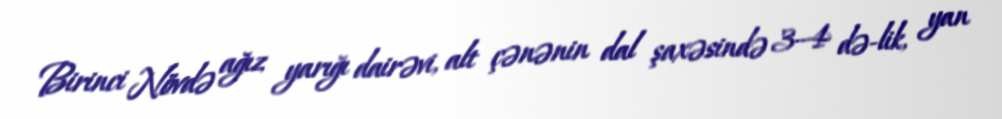
Birinci Növdə ağız yarığı dairəvi, alt çənənin dal şaxəsində 3–4 də-lik, yan